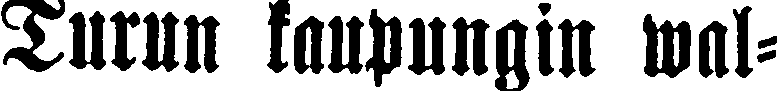
Turun kaupungin wal-